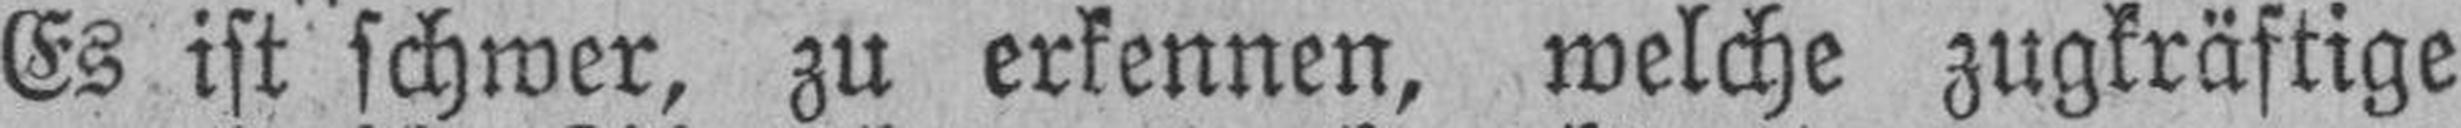
Es ist schwer, zu erkennen, welche zugkräftige